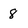
Character: 8